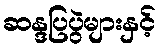
ဆန္ဒပြပွဲများနှင့်